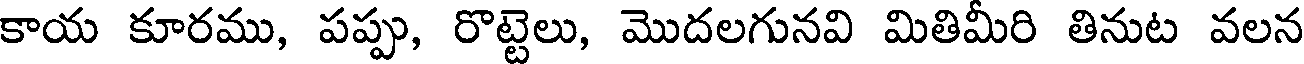
కాయ కూరము, పప్పు, రొట్టెలు, మొదలగునవి మితిమీరి తినుట వలన